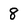
Character: 8